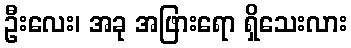
ဦးလေး၊ အခု အဖြားရော ရှိသေးလား